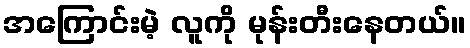
အကြောင်းမဲ့ လူကို မုန်းတီးနေတယ်။